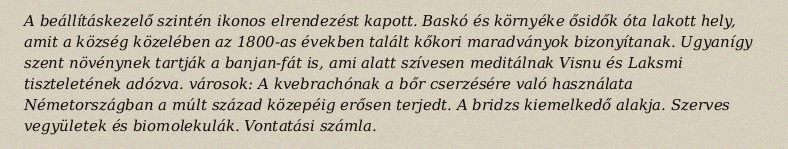
A beállításkezelő szintén ikonos elrendezést kapott. Baskó és környéke ősidők óta lakott hely, amit a község közelében az 1800-as években talált kőkori maradványok bizonyítanak. Ugyanígy szent növénynek tartják a banjan-fát is, ami alatt szívesen meditálnak Visnu és Laksmi tiszteletének adózva. városok: A kvebrachónak a bőr cserzésére való használata Németországban a múlt század közepéig erősen terjedt. A bridzs kiemelkedő alakja. Szerves vegyületek és biomolekulák. Vontatási számla.